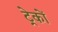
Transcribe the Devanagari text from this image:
ट्रेकों